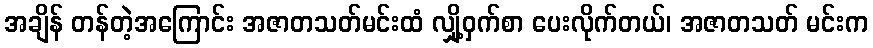
အချိန် တန်တဲ့အကြောင်း အဇာတသတ်မင်းထံ လျှို့ဝှက်စာ ပေးလိုက်တယ်၊ အဇာတသတ် မင်းက